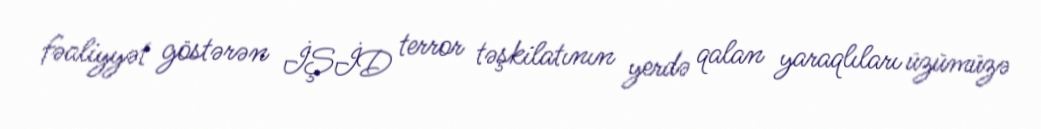
fəaliyyət göstərən İŞİD terror təşkilatının yerdə qalan yaraqlıları üzümüzə